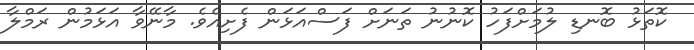
ކޮތަޅު ބޮނޑި ލުމަށްފަހު ކޮނުނު ތަނަށް ފަސްއަޅަން ފެށިއެވެ. މާނޭވާ އަޅަމުން ރަމްލާ